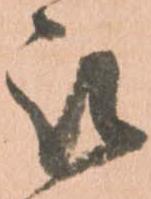
被